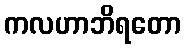
ကလဟာဘိရတော